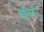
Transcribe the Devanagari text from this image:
बलिबेर